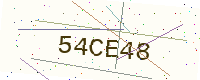
Text: 54CE48